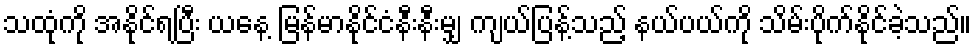
သထုံကို အနိုင်ရပြီး ယနေ့ မြန်မာနိုင်ငံနီးနီးမျှ ကျယ်ပြန့်သည့် နယ်ပယ်ကို သိမ်းပိုက်နိုင်ခဲ့သည်။